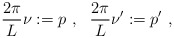
\begin{align*}\frac{2\pi}{L} \nu := p \ , \ \ \frac{2\pi}{L} \nu' :=p' \ ,\end{align*}